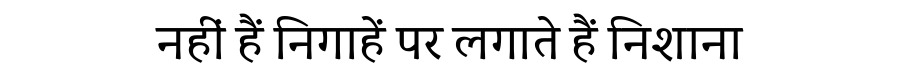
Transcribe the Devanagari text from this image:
नहीं हैं निगाहें पर लगाते हैं निशाना